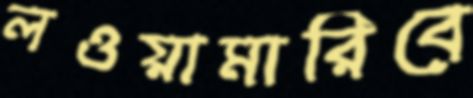
লওয়ামারিবে